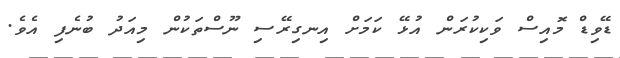
ޑޭވިޑް މޮއިސް ވަކިކުރަން އުޅޭ ކަމަށް އިނގިރޭސި ނޫސްތަކުން މިއަދު ބުނެފި އެވެ.